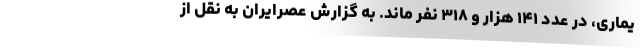
یماری، در عدد ۱۴۱ هزار و ۳۱۸ نفر ماند. به گزارش عصرایران به نقل از